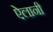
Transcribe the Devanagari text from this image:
ऐलानी